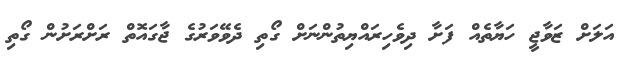
އަލަށް ޒަވާޖީ ހަޔާތެއް ފަށާ ދިވެހިރައްޔިތުންނަށް ގޯތި ދެވޭވަރުގެ ޖާގައޮތް ރަށްރަށުން ގޯތި